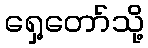
ရှေ့တော်သို့